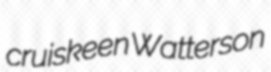
cruiskeen Watterson